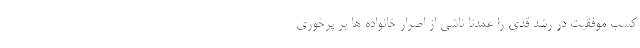
کسب موفقیت در رشد قدی را عمدتا ناشی از اصرار خانواده ها بر پرخوری